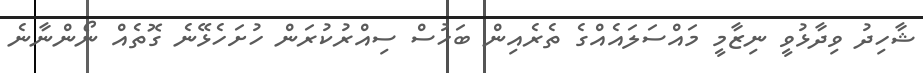
ޝާހިދު ވިދާޅުވީ ނިޒާމީ މައްސަލައެއްގެ ތެރެއިން ބަހުސް ސިއްރުކުރަން ހުށަހެޅޭނެ ގޮތެއް ނޯންނާނެ